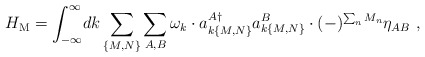
\begin{align*}H_{\rm M}=\int_{-\infty}^\infty\!dk \sum_{\{M,N\}}\sum_{A,B}\omega_k\cdot a_{k\{M,N\}}^{A\dagger}a_{k\{M,N\}}^B\cdot (-)^{\sum_n M_n}\eta_{AB}\ ,\end{align*}